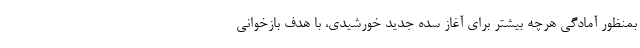
بمنظور آمادگی هرچه بیشتر برای آغاز سده جدید خورشیدی، با هدف بازخوانی